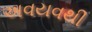
અવયવથી